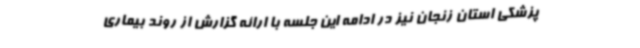
‌پزشکی استان زنجان نیز در ادامه این جلسه با ارائه گزارش از روند بیماری